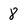
Character: 8